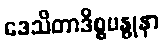
ဒေသိတာဒိစ္စဗန္ဓုနာ